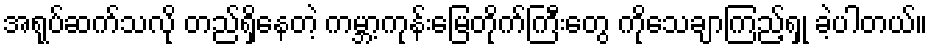
အရုပ်ဆက်သလို တည်ရှိနေတဲ့ ကမ္ဘာ့ကုန်းမြေတိုက်ကြီးတွေ ကိုသေချာကြည့်ရှု ခဲ့ပါတယ်။